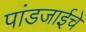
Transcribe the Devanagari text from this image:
पांडजाईचे